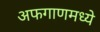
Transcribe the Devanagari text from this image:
अफगाणमध्ये